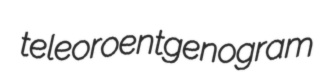
teleoroentgenogram